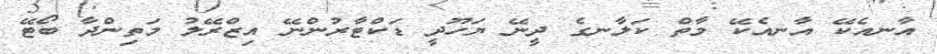
އާނއެކޭ އާނއެކޭ މާތް ކަލާނގެ ދީނޭ ޔަހޫދީ ޑަކްޓާރުންނޭ އިޒްރޭލު މަތިންދާ ބޯޓޭ